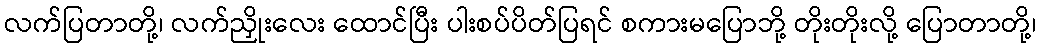
လက်ပြတာတို့၊ လက်ညှိုးလေး ထောင်ပြီး ပါးစပ်ပိတ်ပြရင် စကားမပြောဘို့ တိုးတိုးလို့ ပြောတာတို့၊